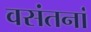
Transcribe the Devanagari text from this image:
वसंतनां